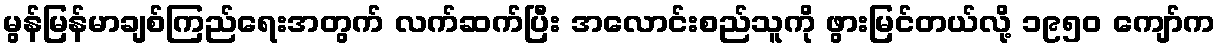
မွန်မြန်မာချစ်ကြည်ရေးအတွက် လက်ဆက်ပြီး အလောင်းစည်သူကို ဖွားမြင်တယ်လို့ ၁၉၅၀ ကျော်က